Annual report of the Civil Veterinary Department, Bengal, for the year 1897-98 - 1897-1898
Year: 1897
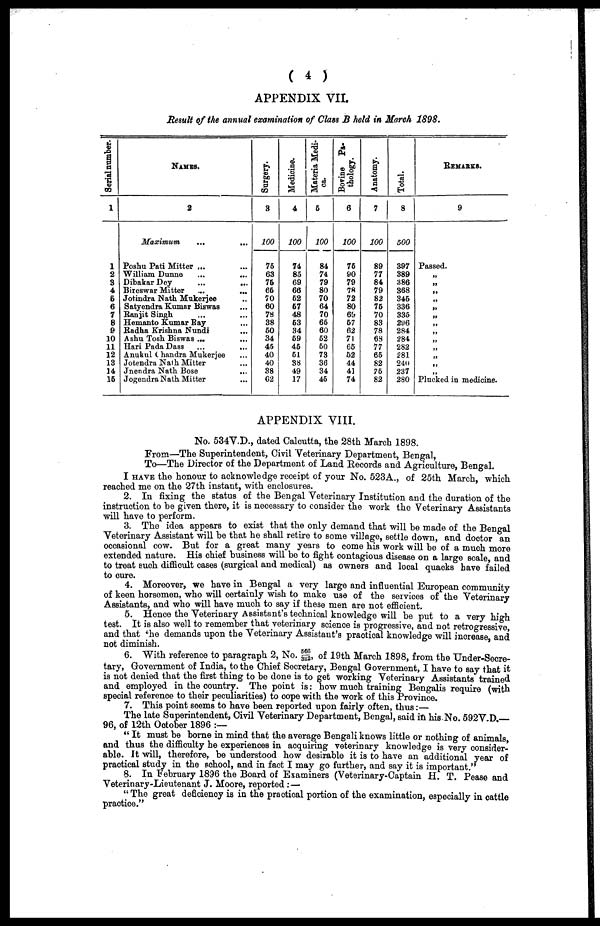
( 4 )
APPENDIX VII.
Result of the annual examination of Class B held in March 1898.
Serial number.
1
1
2
3
4
6
6
7
8
9
10
11
12
13
14
16
NAMES.
2
Maximum ... ...
Poshu Pati Mitter ... ...
William Dunne
...
...
Dibakar Dey
...
...
Bireswar Mitter ... ...
Jotindra Nath Mukerjee ..
Satyendra Kumar Biswas ...
Ranjit Singh ... ...
Hemanto Kumar Ray ...
Radha Krishna Nundi ...
Ashu Tosh Biswas ... ...
Hari Pada Dass
...
...
Anukul Chandra Mukerjee ...
Jotendra Nath Mitter ...
Jnendra Nath Bose
...
Jogendra Nath Mitter ...
Surgery.
3
100
75
63
76
66
70
60
78
38
60
34
45
40
40
38
62
Medicine.
4
100
74
85
69
66
62
67
48
63
34
69
46
61
38
49
17
Materia Medi-
ca.
6
100
84
74
79
80
70
64
70
66
60
62
60
73
36
34
46
Bovine Pa-
thology.
6
100
76
90
79
78
72
80
69
67
62
71
66
62
44
4]
74
Anatomy.
7
100
89
77
84
79
82
76
70
83
78
68
77
66
82
75
82
Total.
8
500
397
389
386
368
346
336
335
296
284
284
282
281
240
237
280
Remarks.
9
Passed.
"
"
"
"
"
"
"
"
"
"
"
"
"
Plucked in medicine.
APPENDIX VIII.
No. 534V.D., dated Calcutta, the 28th March 1898.
From—The Superintendent, Civil Veterinary Department, Bengal,
To—The Director of the Department of Land Records and Agriculture, Bengal.
I HAVE the honour to acknowledge receipt of your No. 523A., of 25th March, which
reached me on the 27th instant, with enclosures.
2. In fixing the status of the Bengal Veterinary Institution and the duration of the
instruction to be given there, it is necessary to consider the work the Veterinary Assistants
will have to perform.
3. The idea appears to exist that the only demand that will be made of the Bengal
Veterinary Assistant will be that he shall retire to some village, settle down, and doctor an
occasional cow. But for a great many years to come his work will be of a much more
extended nature. His chief business will bo to fight contagious disease on a large scale, and
to treat such difficult cases (surgical and medical) as owners and local quacks have failed
to cure.
4. Moreover, we have in Bengal a very large and influential European community
of keen horsemen, who will certainly wish to make use of the services of the Veterinary
Assistants, and who will have much to say if these men are not efficient.
5. Hence the Veterinary Assistant's technical knowledge will be put to a very high
test. It is also well to remember that veterinary science is progressive, and not retrogressive,
and that the demands upon the Veterinary Assistant's practical knowledge will increase, and
not diminish.
6. With reference to paragraph 2, No. 566/322, of 19th March 1898, from the Under-Secre-
tary, Government of India, to the Chief Secretary, Bengal Government, I have to say that it
is not denied that the first thing to be done is to get working Veterinary Assistants trained
and employed in the country. The point is: how much training Bengalis require (with
special reference to their peculiarities) to cope with the work of this Province.
7. This point seems to have been reported upon fairly often, thus:—
The late Superintendent, Civil Veterinary Department, Bengal, said in his No. 592V.D.-
96, of 12th October 1896 :—
"It must be borne in mind that the average Bengali knows little or nothing of animals,
and thus the difficulty he experiences in acquiring veterinary knowledge is very consider-
able. It will, therefore, be understood how desirable it is to have an additional year of
practical study in the school, and in fact I may go further, and say it is important."
8. In February 1896 the Board of Examiners (Veterinary-Captain H. T. Pease and
Veterinary-Lieutenant J. Moore, reported :—
"The great deficiency is in the practical portion of the examination, especially in cattle
practice."